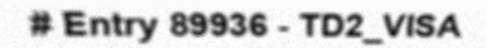
# Entry 89936 - TD2_VISA